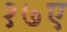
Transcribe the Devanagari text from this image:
१७ए